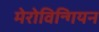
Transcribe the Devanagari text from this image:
मेरोविन्गियन